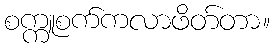
စက္ကူစက်ကလာဖိတ်တာ။